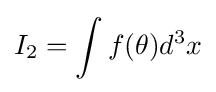
I_{2}=\int f(\theta )d^{3}x